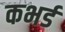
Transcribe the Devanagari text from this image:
कभर्ड